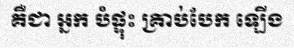
គឺជា អ្នក បំផ្ទុះ គ្រាប់បែក ឡើង